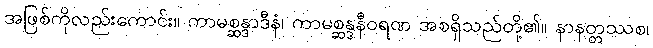
အဖြစ်ကိုလည်းကောင်း။ ကာမစ္ဆန္ဒာဒီနံ၊ ကာမစ္ဆန္ဒနီဝရဏ အစရှိသည်တို့၏။ နာနတ္တဿစ၊